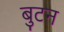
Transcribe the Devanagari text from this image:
बुटन